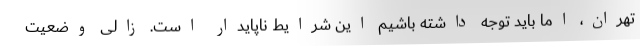
تهران، اما باید توجه داشته باشیم این شرایط ناپایدار است. زالی وضعیت